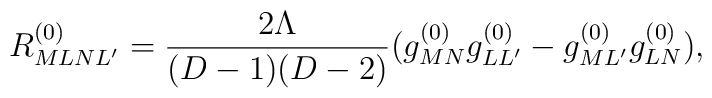
R^{(0)}_{MLNL'} = 	\frac{2\Lambda}{(D-1)(D-2)}	(g^{(0)}_{MN}g^{(0)}_{LL'} - g^{(0)}_{ML'}g^{(0)}_{LN}),